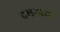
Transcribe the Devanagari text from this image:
दमनाथ